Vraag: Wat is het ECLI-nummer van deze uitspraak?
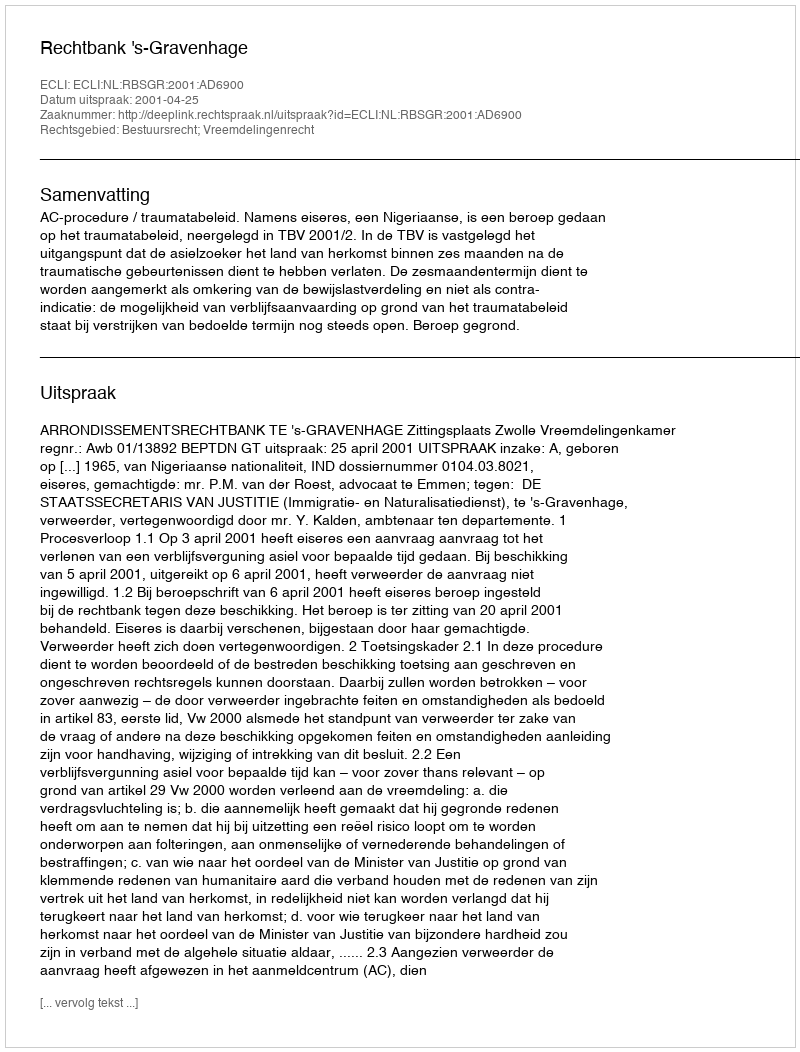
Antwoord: ECLI:NL:RBSGR:2001:AD6900